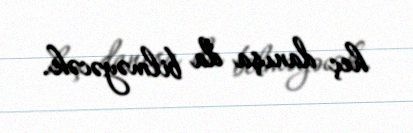
heç danışa da bilməyəcək.